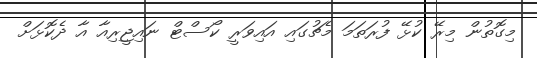
މިގޮތުން މިރޭ ކުޅޭ ފުރަތަމަ މެޗުގައި އައިވަރީ ކޯސްޓް ނައިޖީރިއާ އާ ދެކޮޅަށް